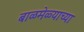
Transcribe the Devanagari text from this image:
बाळमेळ्याच्या